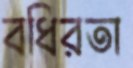
বধিরতা